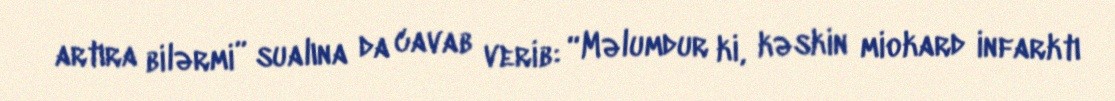
artıra bilərmi” sualına da cavab verib: “Məlumdur ki, kəskin miokard infarktı